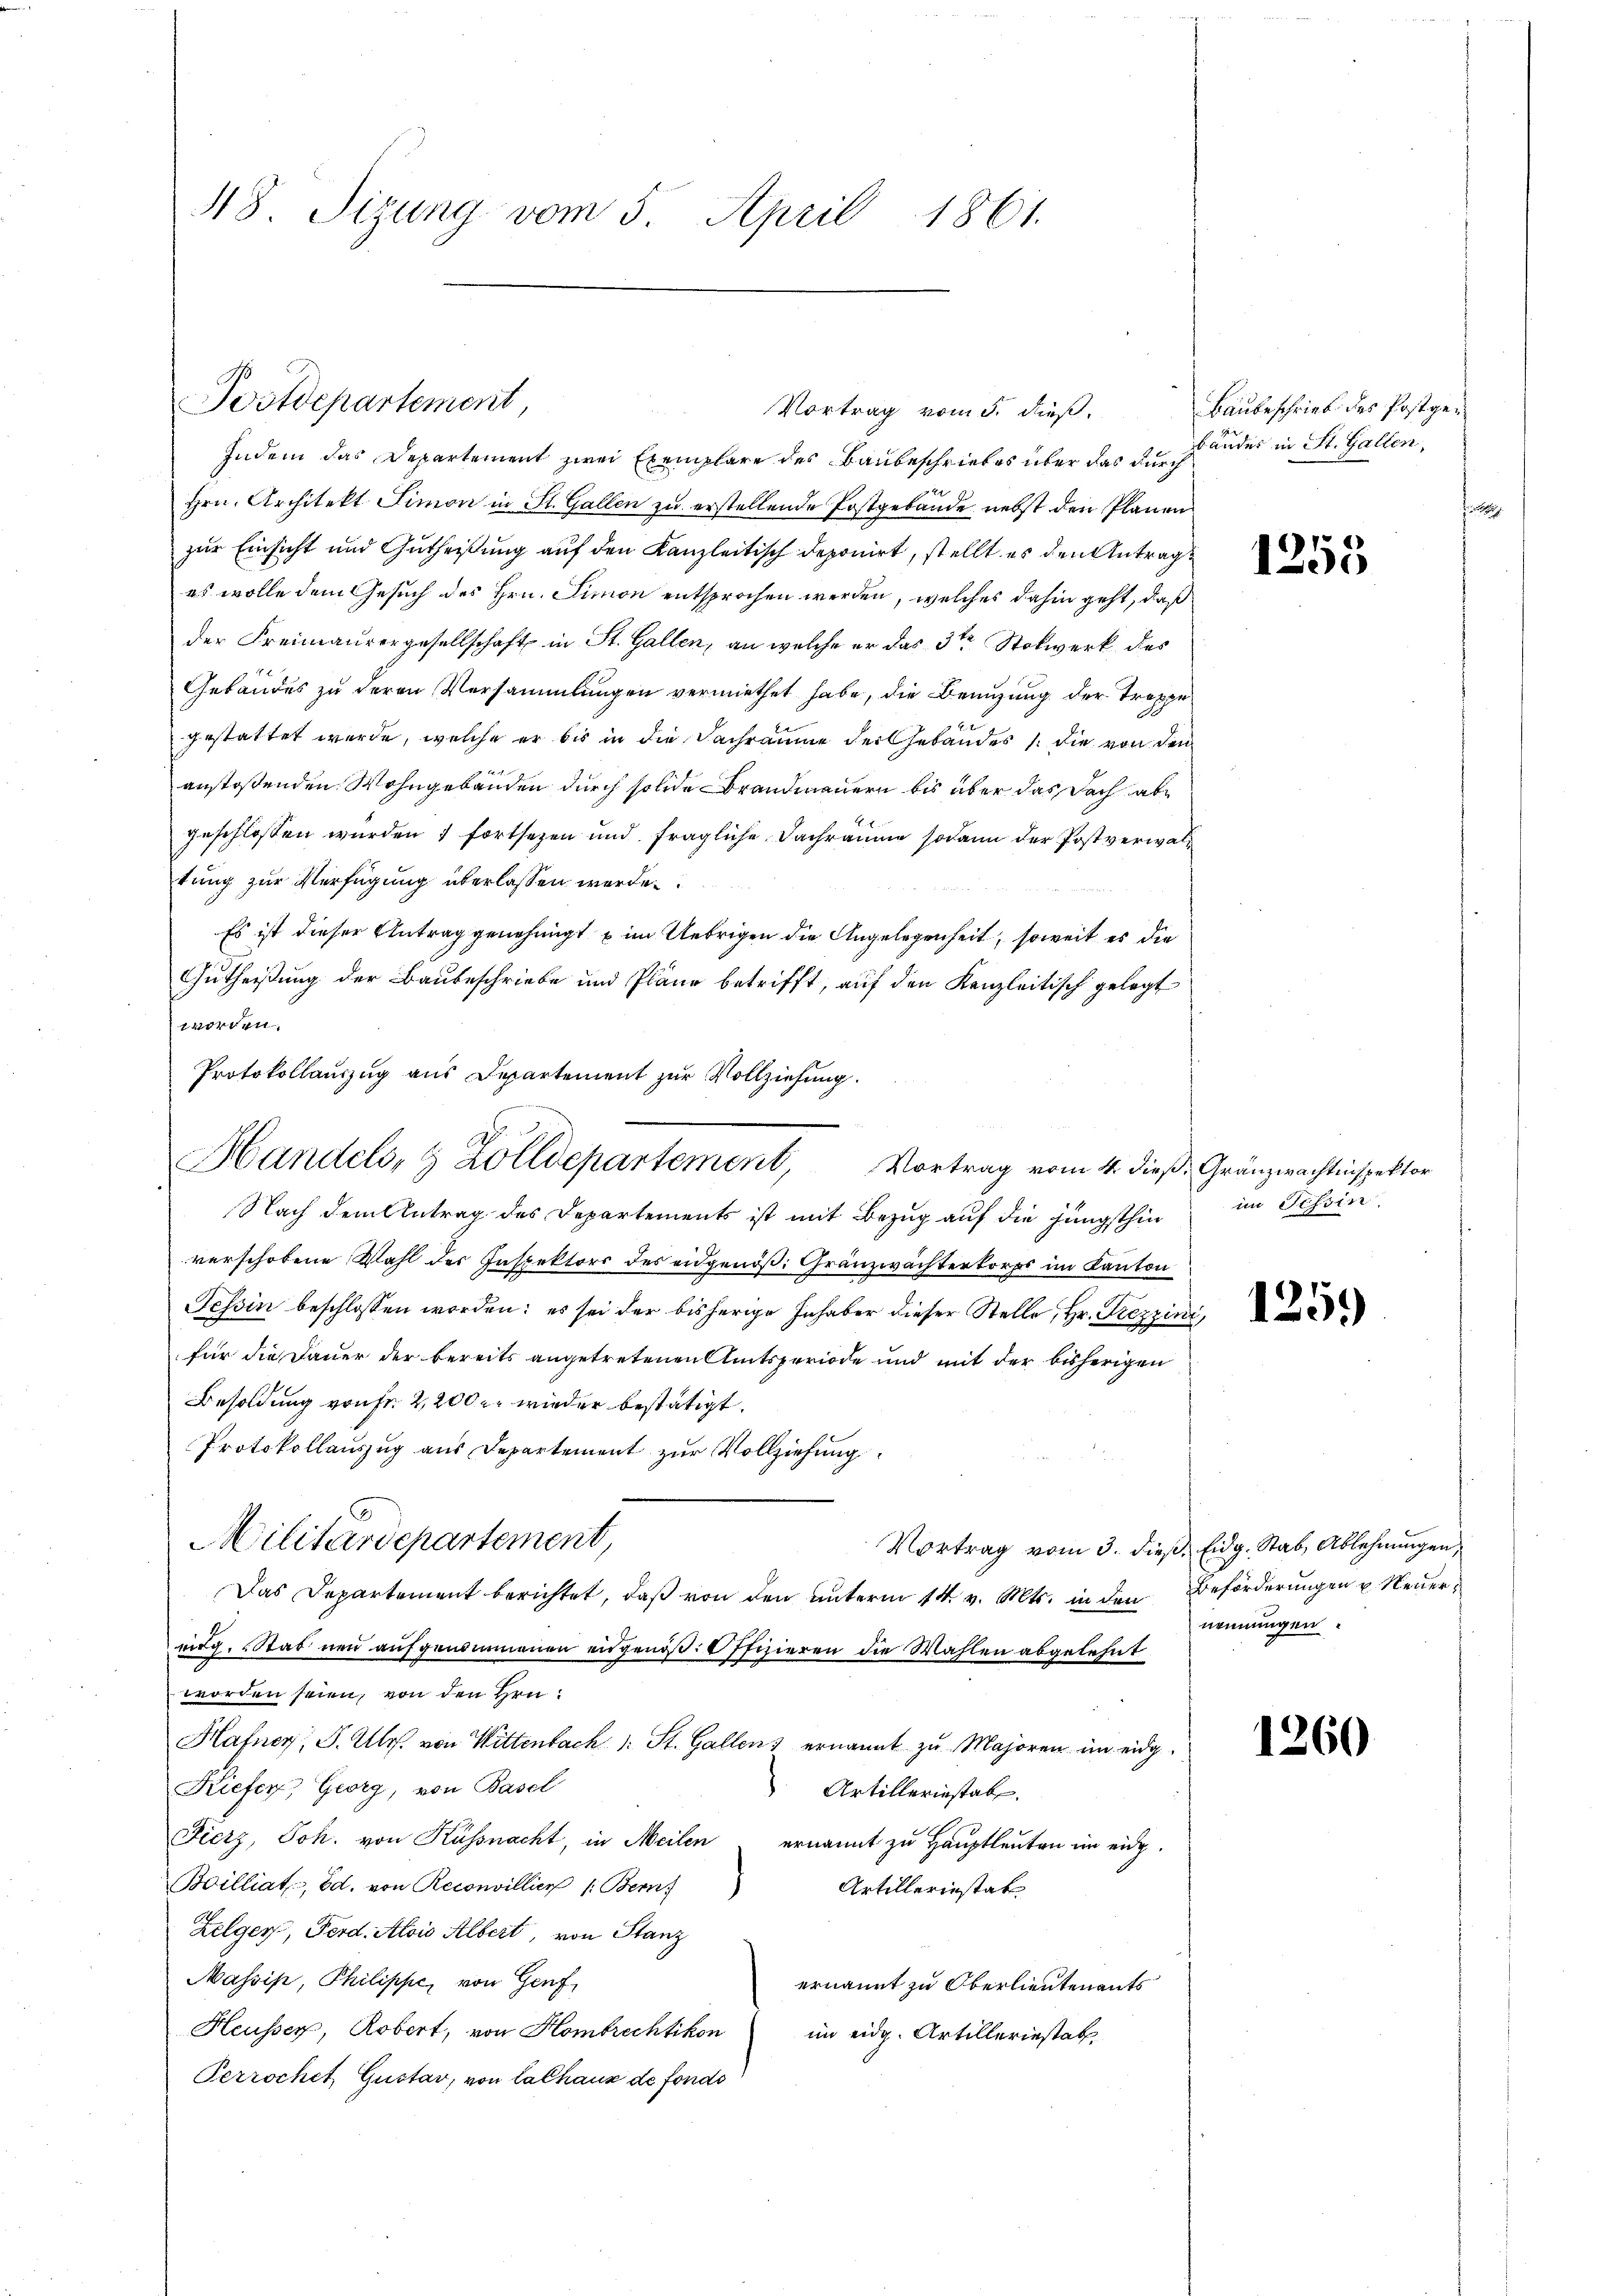
48. Sizung vom 5. April 1861.

Indem das Departement zwei Exemplare des Baubeschriebes über das durch ander in St. Gallen,
Hrn. Architekt Simon in St. Gallen zu erstellende Postgebäude, nebst den Plänen
zur Einsicht und Gutheißung auf den Kanzleitisch deponirt, stellt es den Antrages wolle dem Gesuch des Hrn. Simon entsprochen werden, welches dahin geht, daß
der Freimaurergesellschaft in St. Gallen, an welche er das 3ten Stockwerk des
Gebäudes zu deren Versammlungen vermiethet habe, die Benuzung der Treppe
gestattet wurde, welche er bis in die Sachraume der Gebäudes (die von den
anstoßenden Wohngebäuden durch solide Brandmauern bis über das Dach abe
geschlossen wurden 7 fortsetzen und fragliche Dachräume sodann der Postverwaltung zur Verfügung überlassen werde.
Es ist dieser Antrag genehmigt u im Uebrigen die Angelegenheit, soweit es die
Gutheißung der Baubeschriebe und Pläne betrifft, auf den Kanzleitisch gelegt
worden.
Protokollauszug aus Departement zur Vollziehung.
Nach dem Antrag des Departements ist mit Bezug auf die jüngsthin
verschobene Wahl des Inspektors des eidgenöß: Gränzwachterkorps im Kanton
Tessin beschlossen worden: es sei der bisherige Inhaber dieser Stelle, Hr. Pezzini,
für die Dauer der bereits angetretenen Amtsperiode und mit der bisherigen
Besoldung von Fr. 2200 er wieder bestätigt.
Protokollauszug aus Departement zur Vollziehung
Militärdepartement,
Vortrag vom 3. dieß, Eidg. Stab Ablehnungen
Das Departement berichtet, daß von den unterm 14. v. Mts. in den Beförderungen u. Neuereidg. Stab neu aufgenommenen eidgenöß. Offizieren die Wahlen abgelehnt
worden seien, von den Hrn.
Hafner, F. Ulr. von Wittenbach 1. St. Gallens ernannt zu Majoren im eidg.
Kiefer, Georg, von Basel
Artillerinstab.
Fierz, Joh. von Küssnacht, in Meilen ernannt zu Hauptleuten im eidg.
Boilliat, Ed. von Reconvillier (: Bern,
Artilleriestat
Zelger, Ferd. Alois Albert, von Stanz
Massip, Philippe, von Genf,
ernannt zu Oberlieutenants
Heusser, Robert, von Hombrechtikon
im eidg. Artilleriestat
Perrochet, Gustav, von lalhaus de fonds

Postdepartement

Handels- & Zolldepartement, Vortrag vom 4. dieß Gränzwachtinspektor

Vortrag vom 5. dieß.

Baubeschrieb des Postgen

6
195

im Tessin

125.)

nennungen.

1260